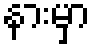
နားမှာ